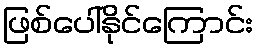
ဖြစ်ပေါ်နိုင်ကြောင်း